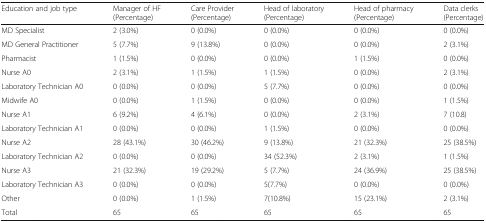
<table><thead><tr><td><b>Education and job type</b></td><td><b>Manager of HF (Percentage)</b></td><td><b>Care Provider (Percentage)</b></td><td><b>Head of laboratory (Percentage)</b></td><td><b>Head of pharmacy (Percentage)</b></td><td><b>Data clerks (Percentage)</b></td></tr></thead><tbody><tr><td>MD Specialist</td><td>2 (3.0%)</td><td>0 (0.0%)</td><td>0 (0.0%)</td><td>0 (0.0%)</td><td>0 (0.0%)</td></tr><tr><td>MD General Practitioner</td><td>5 (7.7%)</td><td>9 (13.8%)</td><td>0 (0.0%)</td><td>0 (0.0%)</td><td>2 (3.1%)</td></tr><tr><td>Pharmacist</td><td>1 (1.5%)</td><td>0 (0.0%)</td><td>0 (0.0%)</td><td>1 (1.5%)</td><td>0 (0.0%)</td></tr><tr><td>Nurse A0</td><td>2 (3.1%)</td><td>1 (1.5%)</td><td>1 (1.5%)</td><td>0 (0.0%)</td><td>2 (3.1%)</td></tr><tr><td>Laboratory Technician A0</td><td>0 (0.0%)</td><td>0 (0.0%)</td><td>5 (7.7%)</td><td>0 (0.0%)</td><td>0 (0.0%)</td></tr><tr><td>Midwife A0</td><td>0 (0.0%)</td><td>1 (1.5%)</td><td>0 (0.0%)</td><td>0 (0.0%)</td><td>1 (1.5%)</td></tr><tr><td>Nurse A1</td><td>6 (9.2%)</td><td>4 (6.1%)</td><td>0 (0.0%)</td><td>2 (3.1%)</td><td>7 (10.8)</td></tr><tr><td>Laboratory Technician A1</td><td>0 (0.0%)</td><td>0 (0.0%)</td><td>1 (1.5%)</td><td>0 (0.0%)</td><td>0 (0.0%)</td></tr><tr><td>Nurse A2</td><td>28 (43.1%)</td><td>30 (46.2%)</td><td>9 (13.8%)</td><td>21 (32.3%)</td><td>25 (38.5%)</td></tr><tr><td>Laboratory Technician A2</td><td>0 (0.0%)</td><td>0 (0.0%)</td><td>34 (52.3%)</td><td>2 (3.1%)</td><td>1 (1.5%)</td></tr><tr><td>Nurse A3</td><td>21 (32.3%)</td><td>19 (29.2%)</td><td>5 (7.7%)</td><td>24 (36.9%)</td><td>25 (38.5%)</td></tr><tr><td>Laboratory Technician A3</td><td>0 (0.0%)</td><td>0 (0.0%)</td><td>5(7.7%)</td><td>0 (0.0%)</td><td>0 (0.0%)</td></tr><tr><td>Other</td><td>0 (0.0%)</td><td>1 (1.5%)</td><td>7(10.8%)</td><td>15 (23.1%)</td><td>2 (3.1%)</td></tr><tr><td>Total</td><td>65</td><td>65</td><td>65</td><td>65</td><td>65</td></tr></tbody></table>